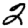
Digit: 2